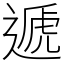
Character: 遞